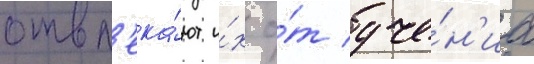
отвл'ека́ют и́х о́т уче́н'иа